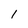
Character: 1